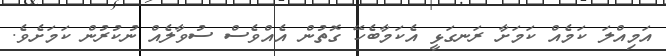
އަމިއްލަ ކަމެއް ކަމަށާ ރަނގަޅީ އެކަމާބެހޭ ގޮތުން އެއްވެސް ސުވާލެއް ނުކުރުން ކަމަށެވެ.